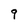
Character: 9